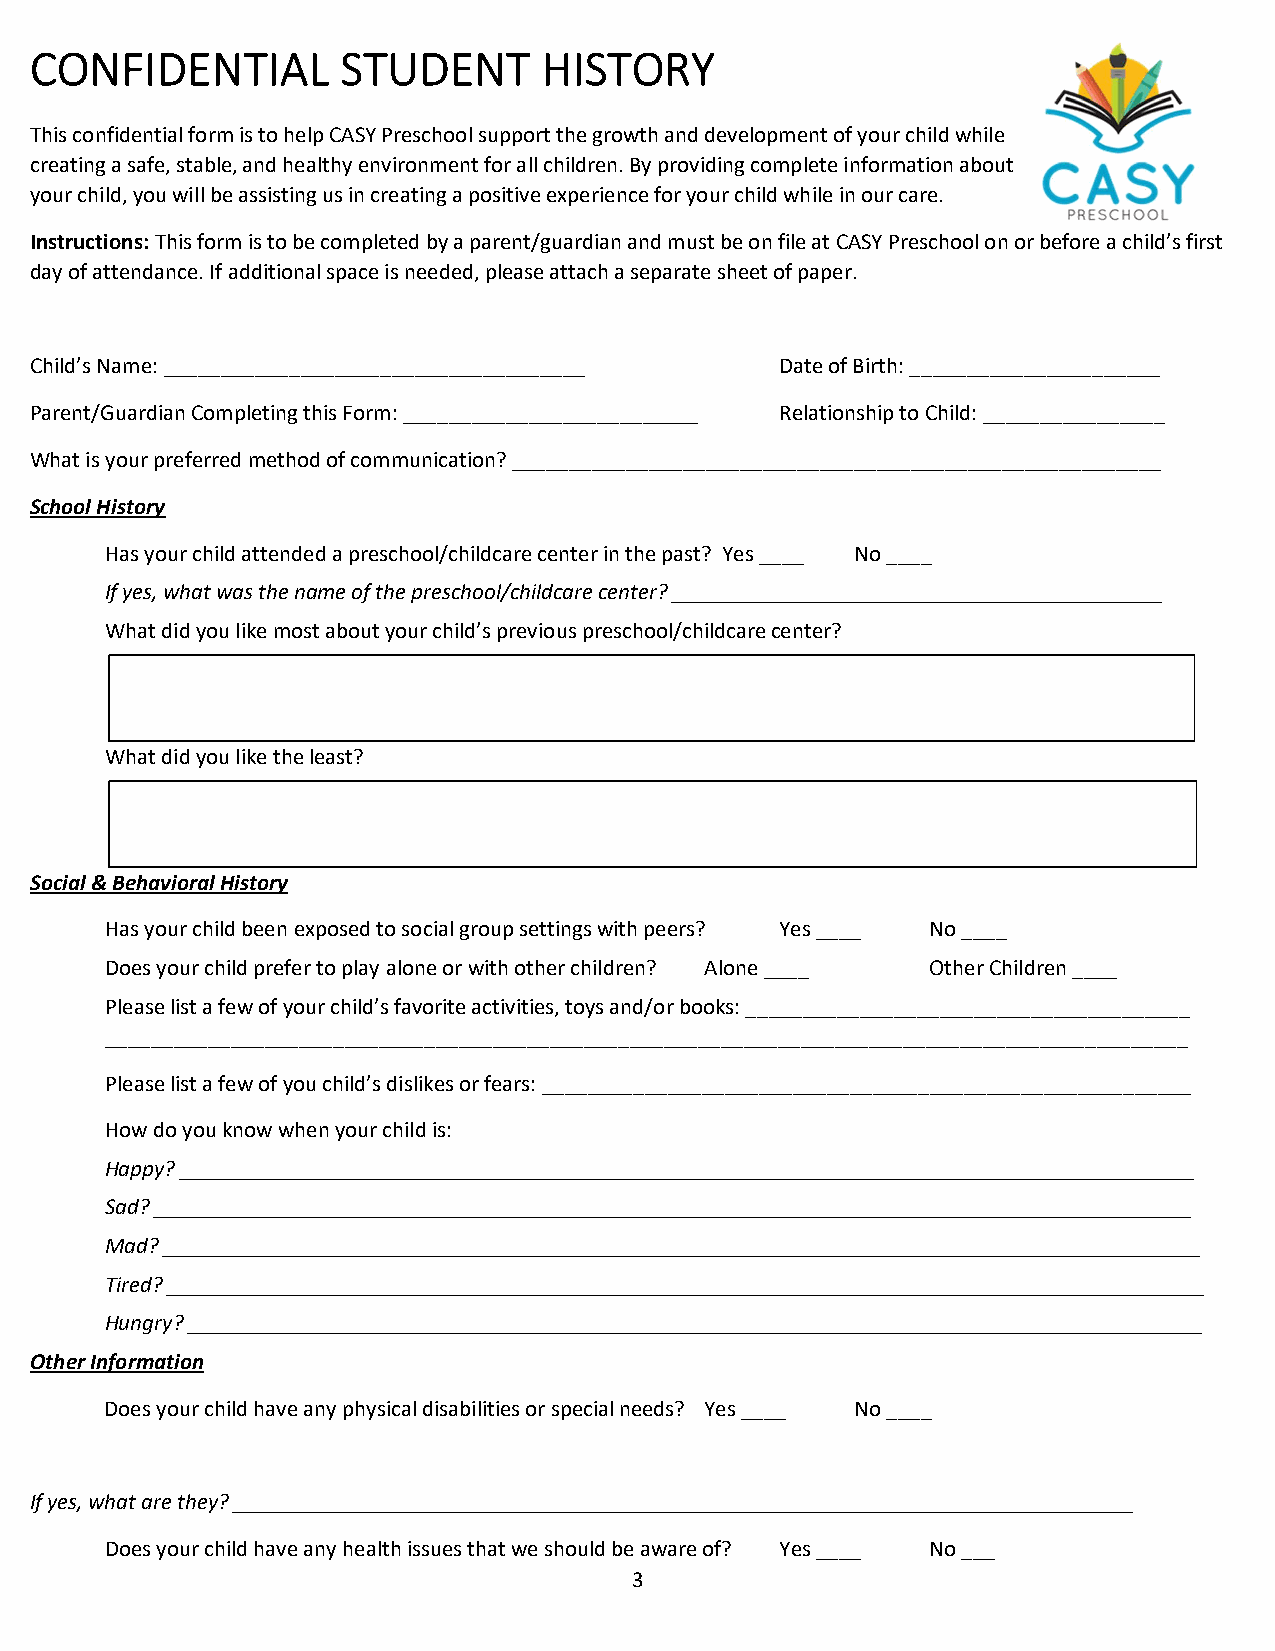
CONFIDENTIAL         STUDENT      HISTORY
 This confidential form is to help CASY Preschool support the growth and development of your child while
 creating a safe, stable, and healthy environment for all children. By providing complete information about
 your child, you will be assisting us in creating a positive experience for your child while in our care.
 Instructions: This form is to be completed by a parent/guardian and must be on file at CASY Preschool on or before a child’s first
 day of attendance. If additional space is needed, please attach a separate sheet of paper.
 Child’s Name: _____________________________________ Date of Birth: ______________________
 Parent/Guardian Completing this Form: __________________________ Relationship to Child: ________________
 What is your preferred method of communication? _________________________________________________________
 School History
 Has your child attended a preschool/childcare center in the past? Yes ____ No ____
 If yes, what was the name of the preschool/childcare center? ___________________________________________
 What did you like most about your child’s previous preschool/childcare center?
 What did you like the least?
 Social & Behavioral History
 Has your child been exposed to social group settings with peers? Yes ____ No ____
 Does your child prefer to play alone or with other children? Alone ____ Other Children ____
 Please list a few of your child’s favorite activities, toys and/or books: _______________________________________
 _______________________________________________________________________________________________
 Please list a few of you child’s dislikes or fears: _________________________________________________________
 How do you know when your child is:
 Happy? _________________________________________________________________________________________
 Sad? ___________________________________________________________________________________________
 Mad? ___________________________________________________________________________________________
 Tired? ___________________________________________________________________________________________
 Hungry? _________________________________________________________________________________________
 Other Information
 Does your child have any physical disabilities or special needs? Yes ____ No ____
 If yes, what are they? _______________________________________________________________________________
 Does your child have any health issues that we should be aware of? Yes ____ No ___
 3